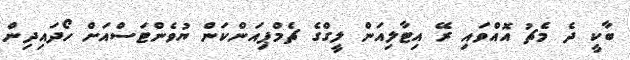
ބާކީ ދެ މެޗު އޮއްވައި ރޭ އިޓާލިއަން ލީގްގެ ޗެމްޕިއަންކަން ޔުވެންޓަސްއަށް ހޯދައިދިން